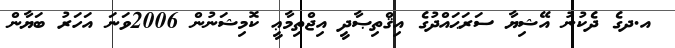
އ.ދގެ ދެކުނު އޭޝިޔާ ސަރަޙައްދުގެ އިޤްތިޞާދީ އިޖްތިމާޢީ ކޮމިޝަނުން 2006ވަނަ އަހަރު ބަޔާން